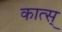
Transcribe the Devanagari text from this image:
कात्स्